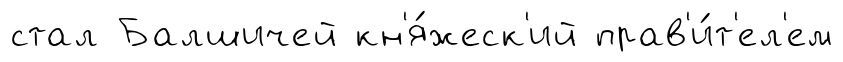
стал Балшичей кн'я́жеск'ий прав'и́т'ел'ем